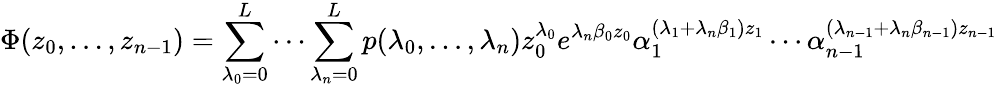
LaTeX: \Phi(z_{0},\ldots,z_{n-1})=\sum_{\lambda_{0}=0}^{L}\cdots\sum_{\lambda_{n}=0}^{L}p(\lambda_{0},\ldots,\lambda_{n})z_{0}^{\lambda_{0}}e^{\lambda_{n}\beta_{0}z_{0}}\alpha_{1}^{(\lambda_{1}+\lambda_{n}\beta_{1})z_{1}}\cdots\alpha_{n-1}^{(\lambda_{n-1}+\lambda_{n}\beta_{n-1})z_{n-1}}